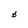
Character: b